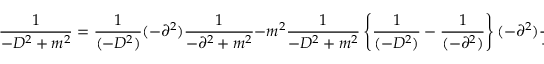
{ \frac { 1 } { - D ^ { 2 } + m ^ { 2 } } } = { \frac { 1 } { ( - D ^ { 2 } ) } } ( - \partial ^ { 2 } ) { \frac { 1 } { - \partial ^ { 2 } + m ^ { 2 } } } - m ^ { 2 } { \frac { 1 } { - D ^ { 2 } + m ^ { 2 } } } \left\{ { \frac { 1 } { ( - D ^ { 2 } ) } } - { \frac { 1 } { ( - \partial ^ { 2 } ) } } \right\} ( - \partial ^ { 2 } ) { \frac { 1 } { - \partial ^ { 2 } + m ^ { 2 } } } .